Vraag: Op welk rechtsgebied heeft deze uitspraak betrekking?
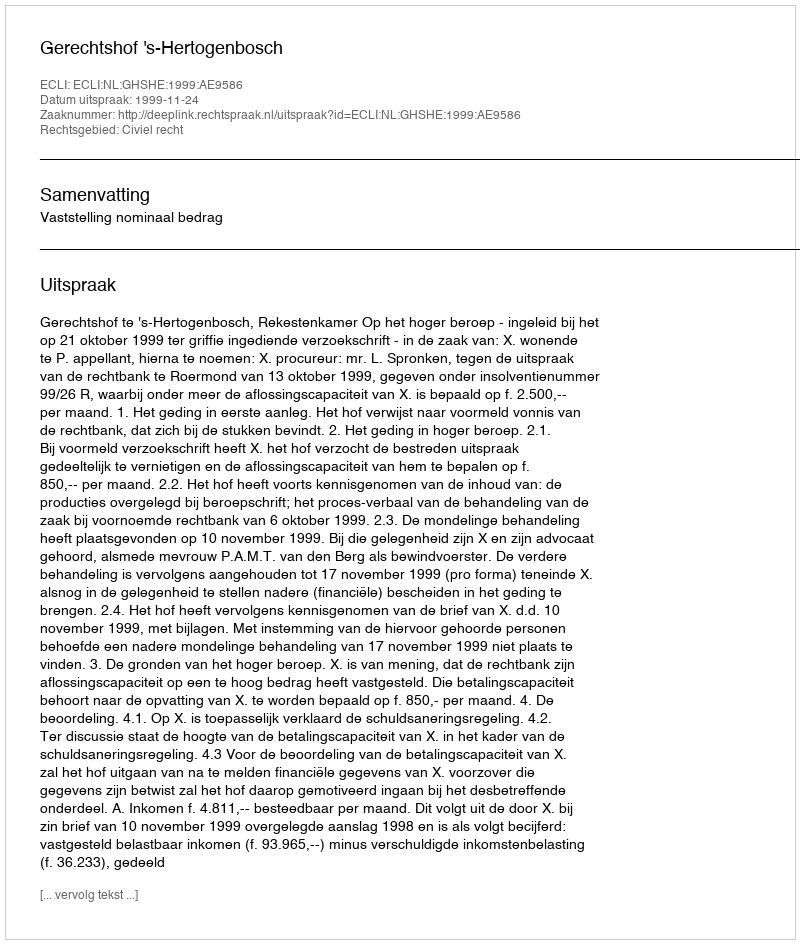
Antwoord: Civiel recht